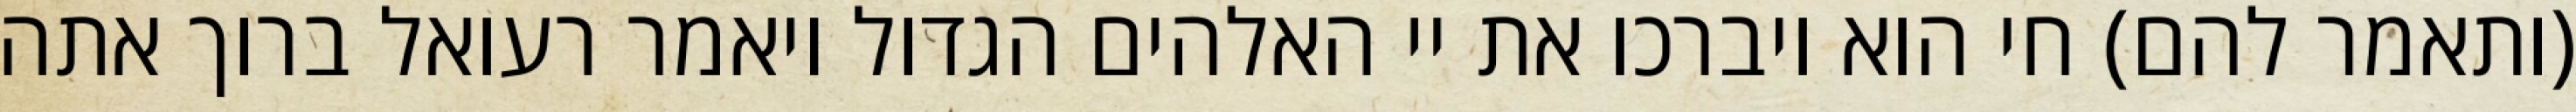
(ותאמר להם) חי הוא ויברכו את יי האלהים הגדול ויאמר רעואל ברוך אתה